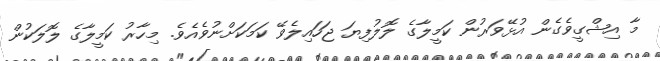
މާ އިޝްގީވެގެން އުޅޭވަރުން ކަމީލާގެ ލޮލުފިޔަ ޖަހައިލެވޭ ކަމަކަށްނުވެއެވެ. މިހާރު ކަމީލާގެ ލޮލަކުން